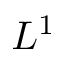
L ^ { 1 }